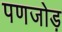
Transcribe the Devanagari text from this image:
पणजोड़